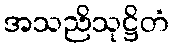
အသညိသုဋ္ဌိတံ